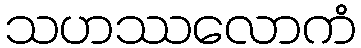
သဟဿလောကံ